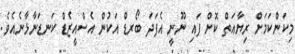
މިކަންކަމަށް ރިޔާއަތް ކޮށް ފައި ނޫނީ އެފަދަ ބޯރޑް އަކުން އެސްއީޒެޑް ކަނޑަނާޅާނެއެވެ.